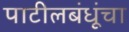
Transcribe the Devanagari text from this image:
पाटीलबंधूंचा